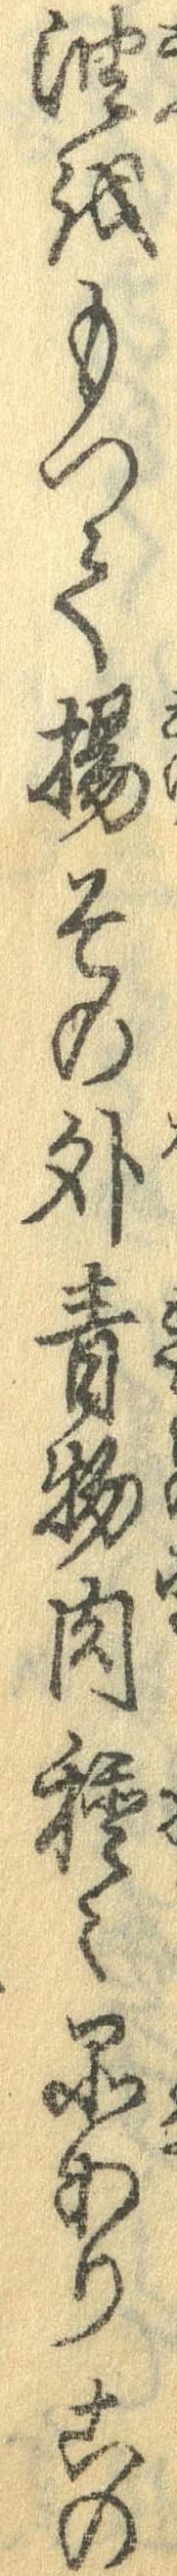
油をもって揚その外青物肉種々品ありこの